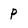
Character: p